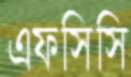
এফসিসি